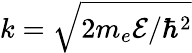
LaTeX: k=\sqrt{2m_{e}\mathcal{E}/\hbar^{2}}